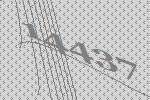
14437